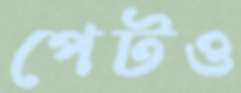
পেটও